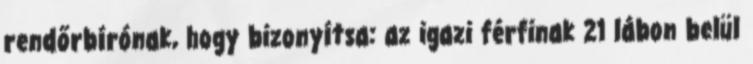
rendőrbírónak, hogy bizonyítsa: az igazi férfinak 21 lábon belül